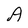
Character: A